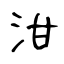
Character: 泔